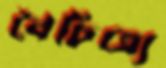
বৈচিত্র্যে